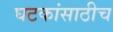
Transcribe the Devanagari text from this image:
घटकांसाठीच